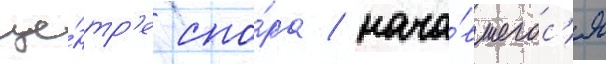
це́нтр'е спо́ра / нача́вшегос'я